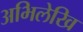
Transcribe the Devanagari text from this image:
अभिलेखि